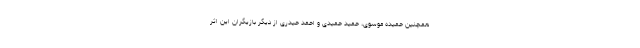
همچنین حمیده موسوی، حمید حمیدی و احمد حیدری از دیگر بازیگران این اثر